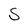
Character: S